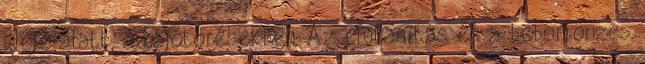
ideje alatt, a hajótörésekben. Az elutasítás és a bebörtönzés